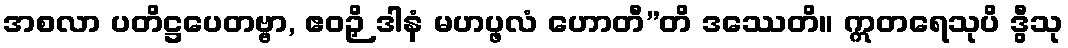
အစလာ ပတိဋ္ဌပေတဗ္ဗာ, ဧဝဉှိ ဒါနံ မဟပ္ဖလံ ဟောတီ”တိ ဒဿေတိ။ ဣတရေသုပိ ဒွီသု